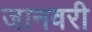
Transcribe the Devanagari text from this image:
जानवरी